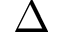
\Delta